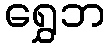
ရွှေဘ